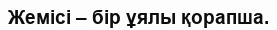
Жемісі – бір ұялы қорапша.